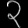
Digit: ၃